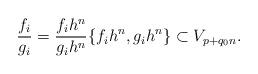
LaTeX: \begin{align*}\frac{f_i}{g_i}=\frac{f_ih^n}{g_ih^n}\{f_ih^n,g_ih^n\}\subset V_{p+q_0n}.\end{align*}